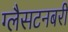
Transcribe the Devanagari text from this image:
ग्लैसटनबरी